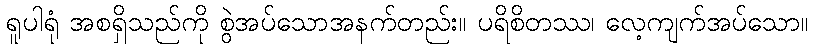
ရူပါရုံ အစရှိသည်ကို စွဲအပ်သောအနက်တည်း။ ပရိစိတဿ၊ လေ့ကျက်အပ်သော။